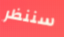
سننظر